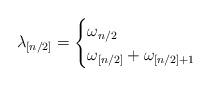
LaTeX: \begin{align*} \lambda_{[n/2]} = \begin{cases} \omega_{n/2} & \\ \omega_{[n/2]} + \omega_{[n/2]+1} & \end{cases} \end{align*}